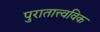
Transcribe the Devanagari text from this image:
पुरातात्त्वविक